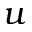
u